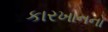
કારખાનનો